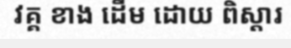
វគ្គ ខាង ដើម ដោយ ពិស្តារ